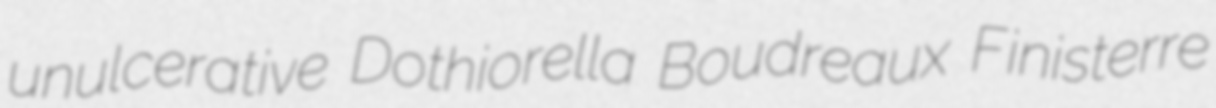
unulcerative Dothiorella Boudreaux Finisterre